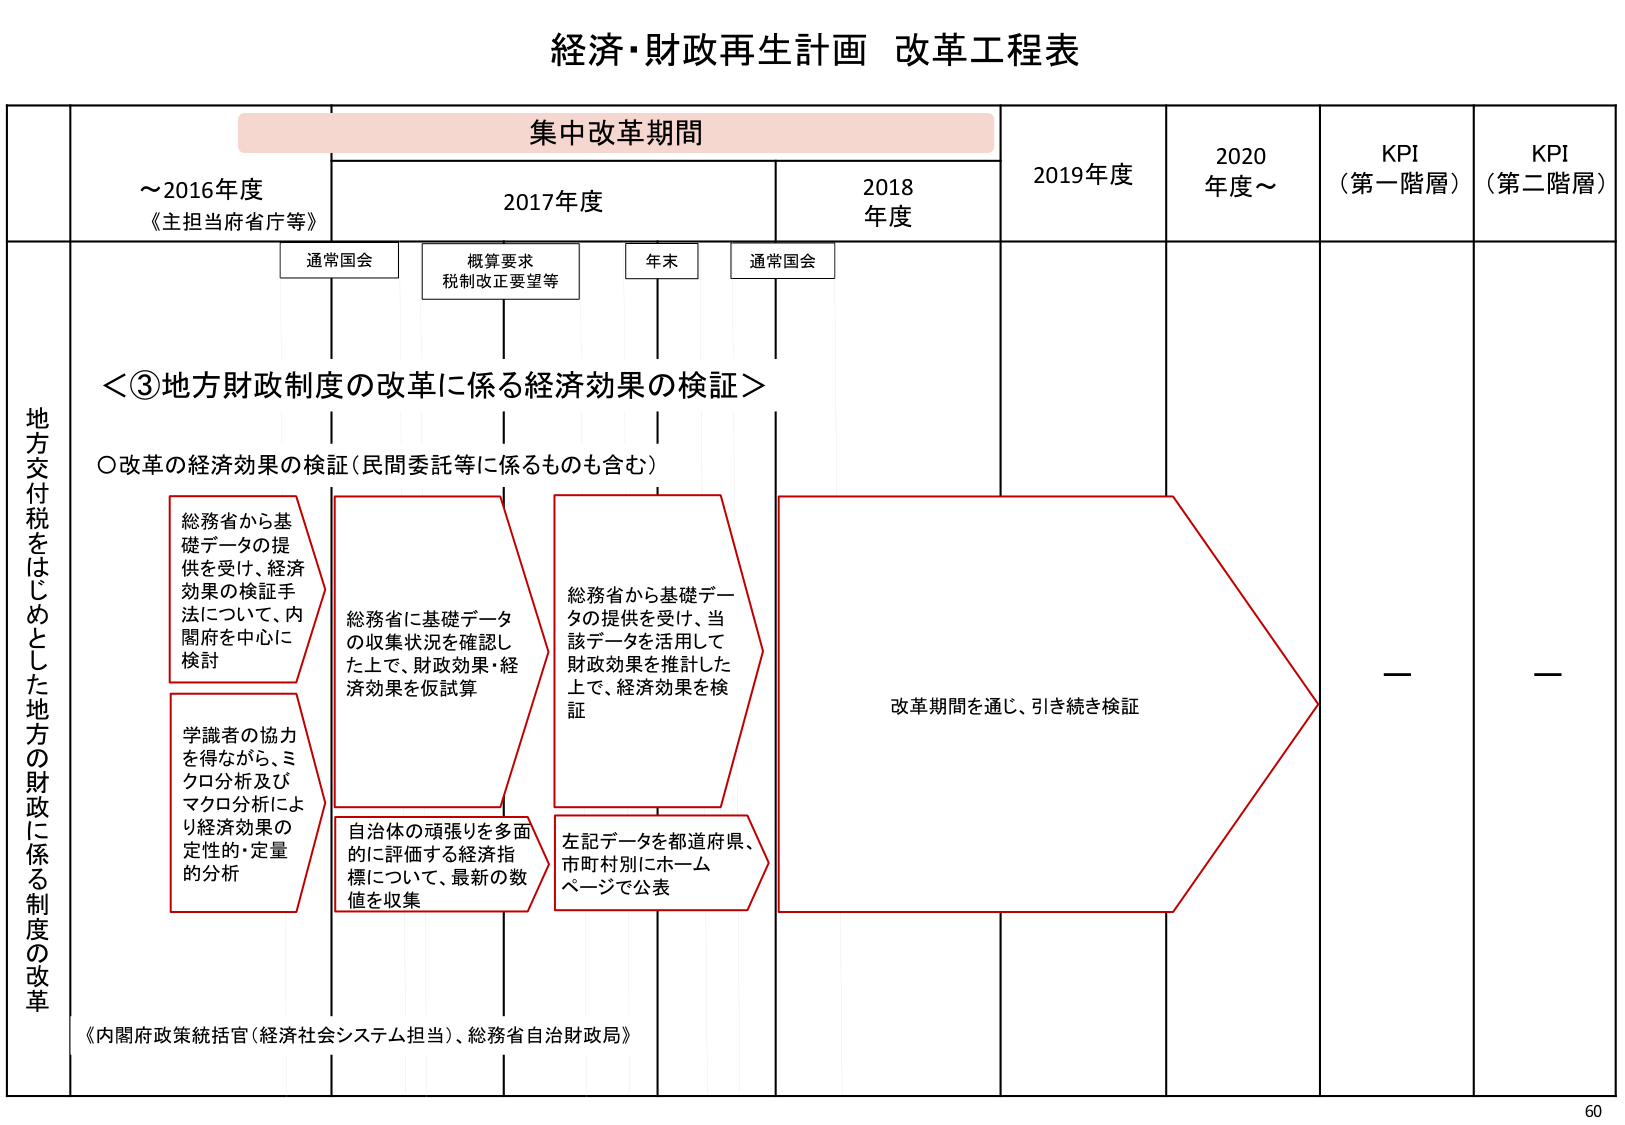
経済・財政再生計画 改革工程表

集中改革期間

～2016年度
《主担当府省庁等》

2017年度

2018年度

2019年度

2020年度～

KPI
（第一階層）

KPI
（第二階層）

通常国会

概算要求
税制改正要望等

年末

通常国会

地方交付税をはじめとした地方の財政に係る制度の改革

＜③地方財政制度の改革に係る経済効果の検証＞

○改革の経済効果の検証（民間委託等に係るものも含む）

総務省から基礎データの提供を受け、経済効果の検証手法について、内閣府を中心に検討

学識者の協力を得ながら、ミクロ分析及びマクロ分析により経済効果の定性的・定量的分析

総務省に基礎データの収集状況を確認した上で、財政効果・経済効果を仮試算

自治体の頑張りを多面的に評価する経済指標について、最新の数値を収集

総務省から基礎データの提供を受け、当該データを活用して財政効果を推計した上で、経済効果を検証

左記データを都道府県、市町村別にホームページで公表

改革期間を通じ、引き続き検証

—

—

《内閣府政策統括官（経済社会システム担当）、総務省自治財政局》

60